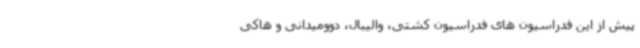
پیش از این فدراسیون های فدراسیون کشتی، والیبال، دوومیدانی و هاکی